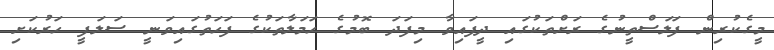
މީގެކުރިން ފަލަސްތީނުގެ ރަށްތަކުގައި ދީފައިވާ މިފަދަ ބޮމުގެ ހަމަލާތަކުގެ ފަހަތުގައިވަނީ ސަލަފީ ހަރުކަށި